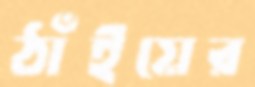
ঠাঁইয়ের